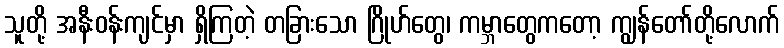
သူတို့ အနီးဝန်းကျင်မှာ ရှိကြတဲ့ တခြားသော ဂြိုဟ်တွေ၊ ကမ္ဘာတွေကတော့ ကျွန်တော်တို့လောက်